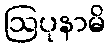
ဩပုနာမိ